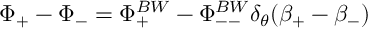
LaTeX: \Phi _ { + } - \Phi _ { - } = \Phi _ { + } ^ { B W } - \Phi _ { -- } ^ { B W } \delta _ { \theta } ( \beta _ { + } - \beta _ { - } )